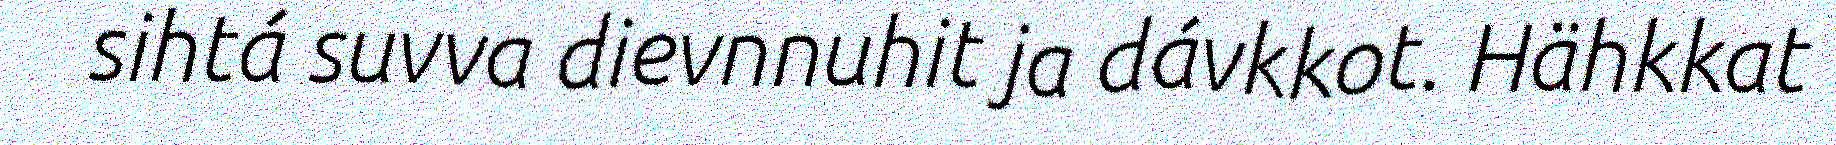
sihtá suvva dievnnuhit ja dávkkot. Hähkkat